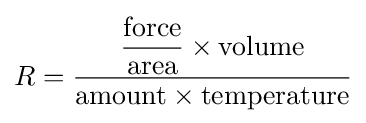
R={\frac {{\dfrac {\text{force}}{\text{area}}}\times {\text{volume}}}{{\text{amount}}\times {\text{temperature}}}}